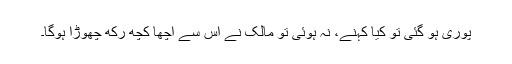
پوری ہو گئی تو کیا کہنے، نہ ہوئی تو مالک نے اس سے اچھا کچھ رکھ چھوڑا ہوگا۔